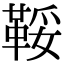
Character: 鞖